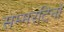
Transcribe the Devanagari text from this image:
सम्मरटिनो